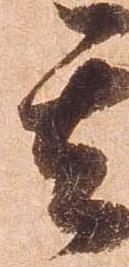
其